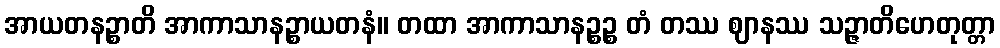
အာယတနဉ္စာတိ အာကာသာနဉ္စာယတနံ။ တထာ အာကာသာနဉ္စဉ္စ တံ တဿ ဈာနဿ သဉ္ဇာတိဟေတုတ္တာ